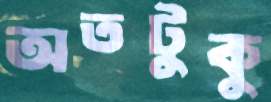
অতটুকু